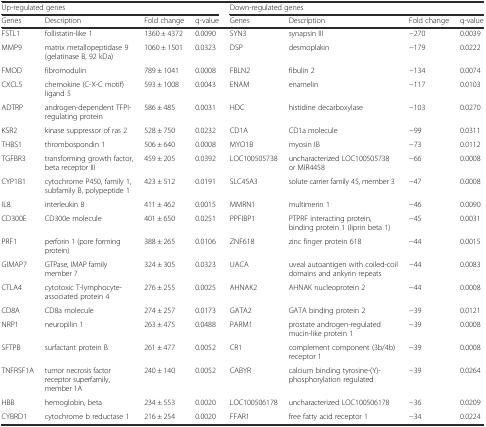
<table><thead><tr><td colspan="4"><b>Up-regulated genes</b></td><td colspan="4"><b>Down-regulated genes</b></td></tr><tr><td><b>Genes</b></td><td><b>Description</b></td><td><b>Fold change</b></td><td><b>q-value</b></td><td><b>Genes</b></td><td><b>Description</b></td><td><b>Fold change</b></td><td><b>q-value</b></td></tr></thead><tbody><tr><td>FSTL1</td><td>follistatin-like 1</td><td>1360 ± 4372</td><td>0.0090</td><td>SYN3</td><td>synapsin III</td><td>−270</td><td>0.0039</td></tr><tr><td>MMP9</td><td>matrix metallopeptidase 9 (gelatinase B, 92 kDa)</td><td>1060 ± 1501</td><td>0.0323</td><td>DSP</td><td>desmoplakin</td><td>−179</td><td>0.0222</td></tr><tr><td>FMOD</td><td>fibromodulin</td><td>789 ± 1041</td><td>0.0008</td><td>FBLN2</td><td>fibulin 2</td><td>−134</td><td>0.0074</td></tr><tr><td>CXCL5</td><td>chemokine (C-X-C motif) ligand 5</td><td>593 ± 1008</td><td>0.0043</td><td>ENAM</td><td>enamelin</td><td>−117</td><td>0.0103</td></tr><tr><td>ADTRP</td><td>androgen-dependent TFPI-regulating protein</td><td>586 ± 485</td><td>0.0031</td><td>HDC</td><td>histidine decarboxylase</td><td>−103</td><td>0.0270</td></tr><tr><td>KSR2</td><td>kinase suppressor of ras 2</td><td>528 ± 750</td><td>0.0232</td><td>CD1A</td><td>CD1a molecule</td><td>−99</td><td>0.0311</td></tr><tr><td>THBS1</td><td>thrombospondin 1</td><td>506 ± 640</td><td>0.0008</td><td>MYO1B</td><td>myosin IB</td><td>−73</td><td>0.0112</td></tr><tr><td>TGFBR3</td><td>transforming growth factor, beta receptor III</td><td>459 ± 205</td><td>0.0392</td><td>LOC100505738</td><td>uncharacterized LOC100505738 or MIR4458</td><td>−66</td><td>0.0008</td></tr><tr><td>CYP1B1</td><td>cytochrome P450, family 1, subfamily B, polypeptide 1</td><td>423 ± 512</td><td>0.0191</td><td>SLC45A3</td><td>solute carrier family 45, member 3</td><td>−47</td><td>0.0008</td></tr><tr><td>IL8</td><td>interleukin 8</td><td>411 ± 462</td><td>0.0015</td><td>MMRN1</td><td>multimerin 1</td><td>−46</td><td>0.0090</td></tr><tr><td>CD300E</td><td>CD300e molecule</td><td>401 ± 650</td><td>0.0251</td><td>PPFIBP1</td><td>PTPRF interacting protein, binding protein 1 (liprin beta 1)</td><td>−45</td><td>0.0031</td></tr><tr><td>PRF1</td><td>perforin 1 (pore forming protein)</td><td>388 ± 265</td><td>0.0106</td><td>ZNF618</td><td>zinc finger protein 618</td><td>−44</td><td>0.0015</td></tr><tr><td>GIMAP7</td><td>GTPase, IMAP family member 7</td><td>324 ± 305</td><td>0.0323</td><td>UACA</td><td>uveal autoantigen with coiled-coil domains and ankyrin repeats</td><td>−44</td><td>0.0083</td></tr><tr><td>CTLA4</td><td>cytotoxic T-lymphocyte-associated protein 4</td><td>276 ± 255</td><td>0.0025</td><td>AHNAK2</td><td>AHNAK nucleoprotein 2</td><td>−44</td><td>0.0008</td></tr><tr><td>CD8A</td><td>CD8a molecule</td><td>274 ± 257</td><td>0.0173</td><td>GATA2</td><td>GATA binding protein 2</td><td>−39</td><td>0.0121</td></tr><tr><td>NRP1</td><td>neuropilin 1</td><td>263 ± 475</td><td>0.0488</td><td>PARM1</td><td>prostate androgen-regulated mucin-like protein 1</td><td>−39</td><td>0.0008</td></tr><tr><td>SFTPB</td><td>surfactant protein B</td><td>261 ± 477</td><td>0.0052</td><td>CR1</td><td>complement component (3b/4b) receptor 1</td><td>−39</td><td>0.0008</td></tr><tr><td>TNFRSF1A</td><td>tumor necrosis factor receptor superfamily, member 1A</td><td>240 ± 140</td><td>0.0052</td><td>CABYR</td><td>calcium binding tyrosine-(Y)-phosphorylation regulated</td><td>−39</td><td>0.0264</td></tr><tr><td>HBB</td><td>hemoglobin, beta</td><td>234 ± 553</td><td>0.0020</td><td>LOC100506178</td><td>uncharacterized LOC100506178</td><td>−36</td><td>0.0209</td></tr><tr><td>CYBRD1</td><td>cytochrome b reductase 1</td><td>216 ± 254</td><td>0.0020</td><td>FFAR1</td><td>free fatty acid receptor 1</td><td>−34</td><td>0.0224</td></tr></tbody></table>